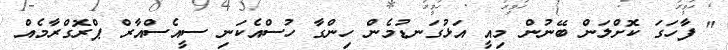
" ފާހަގަ ކޮށްލަން ބޭނުން މިއީ އަޅުގަނޑުމެން ހިންގާ ހުސްއެކަނި ސީއެސްއާރް ޕްރޮގްރާމެއް